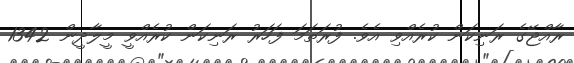
ރާއްޖޭގެ ރަނިކަން ކުރެއްވި އެވެ. ފުރަތަމަ ފަހަރު ރަނިކަން ކުރެއްވީ މީލާދީން 1342